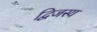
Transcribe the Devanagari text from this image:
द्विजस्य